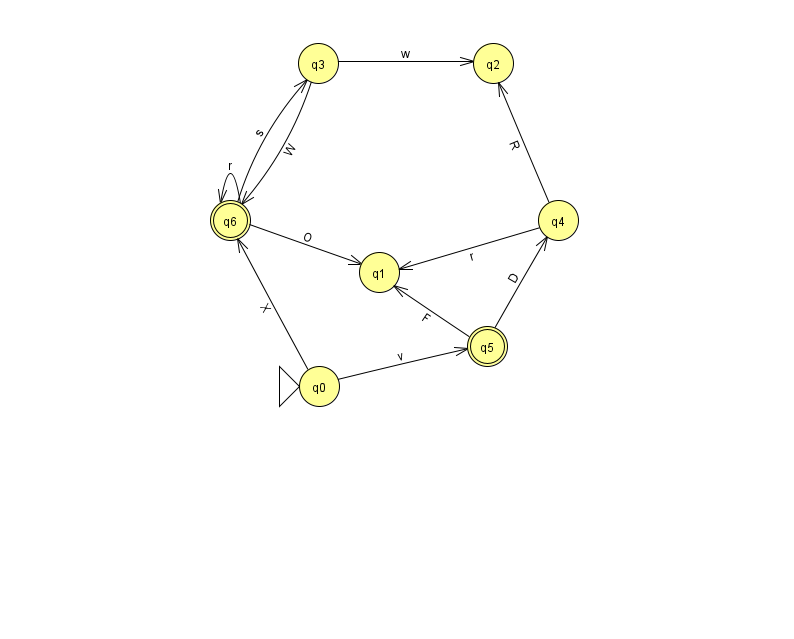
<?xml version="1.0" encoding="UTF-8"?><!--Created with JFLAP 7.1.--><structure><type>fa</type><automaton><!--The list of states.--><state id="0" name="q0"><x>319.0</x><y>373.0</y><initial/></state><state id="1" name="q1"><x>379.0</x><y>259.0</y></state><state id="2" name="q2"><x>493.0</x><y>50.0</y></state><state id="3" name="q3"><x>318.0</x><y>50.0</y></state><state id="4" name="q4"><x>558.0</x><y>207.0</y></state><state id="5" name="q5"><x>487.0</x><y>333.0</y><final/></state><state id="6" name="q6"><x>230.0</x><y>207.0</y><final/></state><!--The list of transitions.--><transition><from>5</from><to>4</to><read>D</read></transition><transition><from>3</from><to>6</to><read>W</read></transition><transition><from>4</from><to>2</to><read>R</read></transition><transition><from>6</from><to>6</to><read>r</read></transition><transition><from>6</from><to>3</to><read>s</read></transition><transition><from>0</from><to>5</to><read>v</read></transition><transition><from>3</from><to>2</to><read>w</read></transition><transition><from>6</from><to>1</to><read>O</read></transition><transition><from>4</from><to>1</to><read>r</read></transition><transition><from>5</from><to>1</to><read>F</read></transition><transition><from>0</from><to>6</to><read>X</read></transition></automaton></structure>